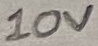
Text: 10V